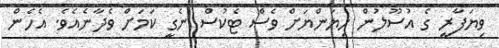
ވިޔަފާރީ ގެ އުސޫލުން ހިޔަންޔަށް ވެސް ޓެކުސް ނެގީ ކަމަށް ވެދާނެއެވެ. އެހެން